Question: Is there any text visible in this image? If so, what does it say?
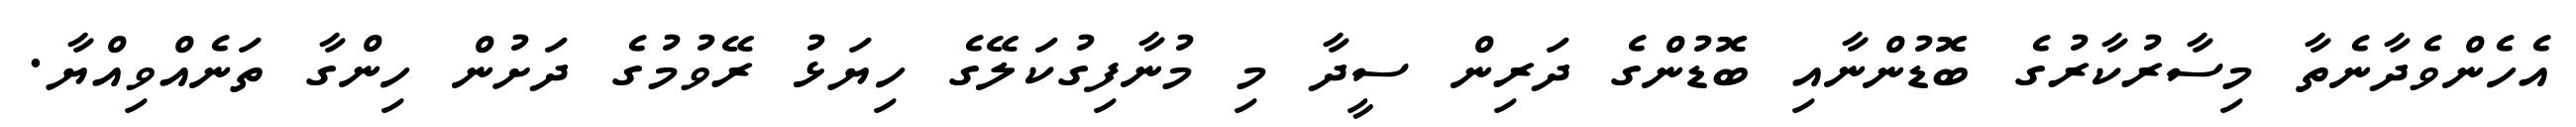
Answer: އެހެންވެދާނެތާ މިސާރުކާރުގެ ބޮޑުންނާއި ބޮޑުންގެ ދަރިން ސީދާ މި މުނާފިގުކަލޭގެ ހިޔަޅު ރޭވުމުގެ ދަށުން ހިންގާ ތަނެއްވިއްޔާ.